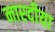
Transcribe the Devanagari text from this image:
नारदीया